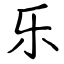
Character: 乐